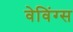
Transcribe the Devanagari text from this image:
वेविंग्स